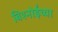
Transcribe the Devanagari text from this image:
बिश्‍नोईंच्या